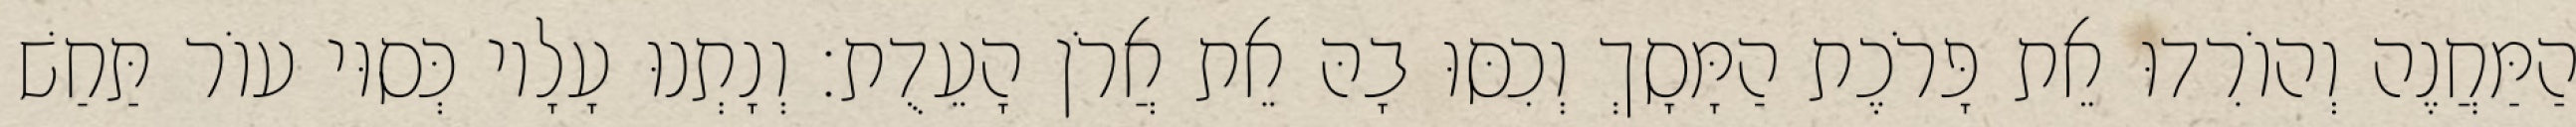
הַמַּחֲנֶה וְהוֹרִדוּ אֵת פָּרֹכֶת הַמָּסָךְ וְכִסּוּ בָהּ אֵת אֲרֹן הָעֵדֻת׃ וְנָתְנוּ עָלָיו כְּסוּי עוֹר תַּחַשׁ